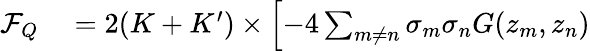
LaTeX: \begin{array}{rl}{\mathcal F_{Q}}&{{}=2(K+K^{\prime})\times\left[-4\sum_{m\neq n}\sigma_{m}\sigma_{n}G(z_{m},z_{n})\right.}\end{array}